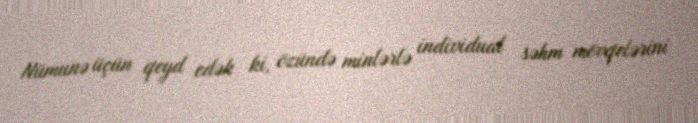
Nümunə üçün qeyd edək ki, özündə minlərlə individual səhm mövqelərini